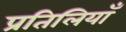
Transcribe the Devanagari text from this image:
प्रतिलियाँ